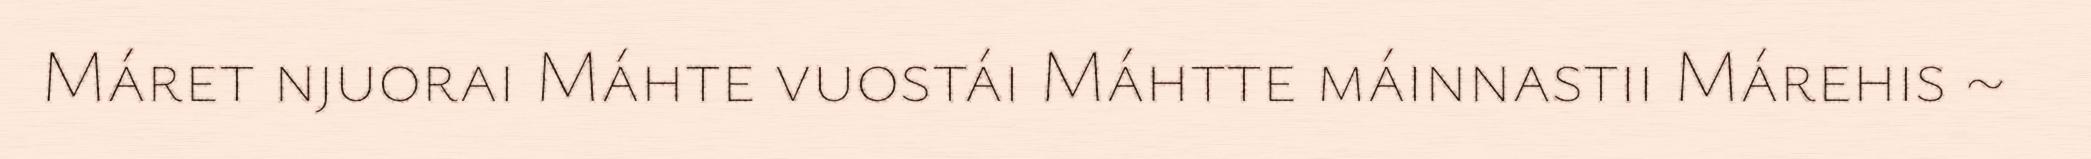
Máret njuorai Máhte vuostái Máhtte máinnastii Márehis ~